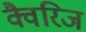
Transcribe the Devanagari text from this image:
क्वैरिज